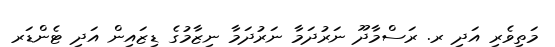
މަތިވެރި އަދި ރ. ރަސްމާދޫ ނަރުދަމާ ނަރުދަމާ ނިޒާމުގެ ޑިޒައިން އަދި ޓެންޑަރ